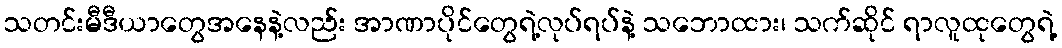
သတင်းမီဒီယာတွေအနေနဲ့လည်း အာဏာပိုင်တွေရဲ့လုပ်ရပ်နဲ့ သဘောထား၊ သက်ဆိုင် ရာလူထုတွေရဲ့